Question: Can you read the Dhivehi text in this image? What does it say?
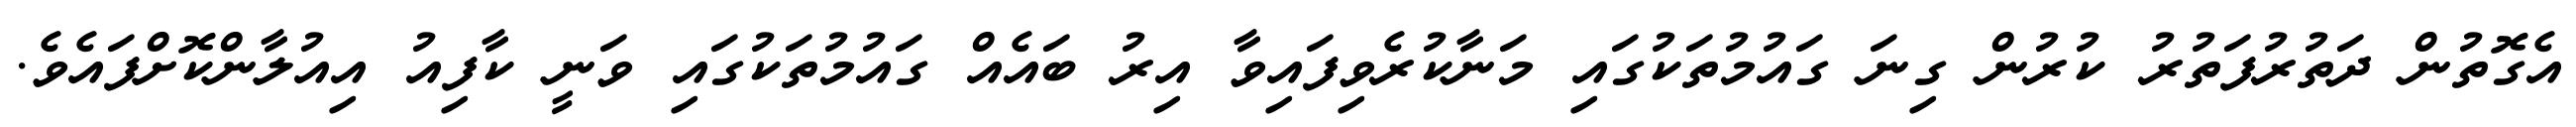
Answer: އެގޮތުން ދަތުރުފަތުރު ކުރުން ގިނަ ގައުމުތަކުގައި މަނާކުރެވިފައިވާ އިރު ބައެއް ގައުމުތަކުގައި ވަނީ ކާފިއު އިއުލާންކޮށްފައެވެ.